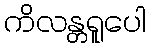
ကိလန္တရူပေါ